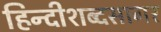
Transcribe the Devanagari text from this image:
हिन्दीशब्दसागर